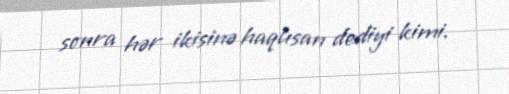
sonra hər ikisinə haqlısan dediyi kimi.